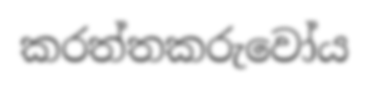
කරත්තකරුවෝය